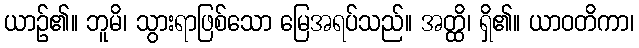
ယာဉ်၏။ ဘူမိ၊ သွားရာဖြစ်သော မြေအရပ်သည်။ အတ္ထိ၊ ရှိ၏။ ယာဝတိကာ၊